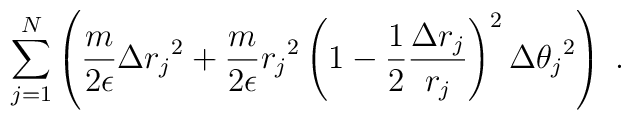
\sum_{j=1}^N \left ( \frac{m}{2 \epsilon} \Delta {r_j}^2  +\frac{m}{2 \epsilon} {r_j}^2 \left ( 1 - \frac{1}{2}\frac{ \Delta r_j }{ r_j } \right )^2 \Delta {\theta_j}^2 \right ) \; .